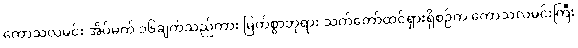
ကောသလမင်း အိပ်မက် ၁၆ချက်သည်ကား မြတ်စွာဘုရား သက်တော်ထင်ရှားရှိစဉ်က ကောသလမင်းကြီး